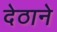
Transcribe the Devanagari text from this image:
देठाने